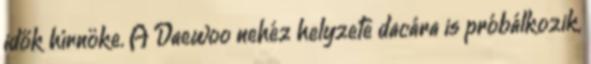
idők hírnöke. A Daewoo nehéz helyzete dacára is próbálkozik,